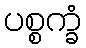
ပစ္စက္ခံ